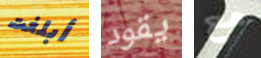
أبلغت يقود مع